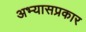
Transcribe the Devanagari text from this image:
अभ्यासप्रकार